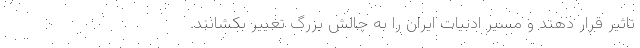
تاثیر قرار دهند و مسیر ادبیات ایران را به چالش بزرگ تغییر بکشانند.